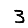
Digit: 3